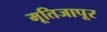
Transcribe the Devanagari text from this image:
मूतिजापूर